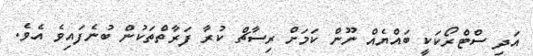
އަދި ސްޓްރޯކަކީ ބައްޔެއް ނޫން ކަމަށް ރިސާޗް ކުރާ ފަރާތްތަކުން ބުނެފައިވެ އެވެ.